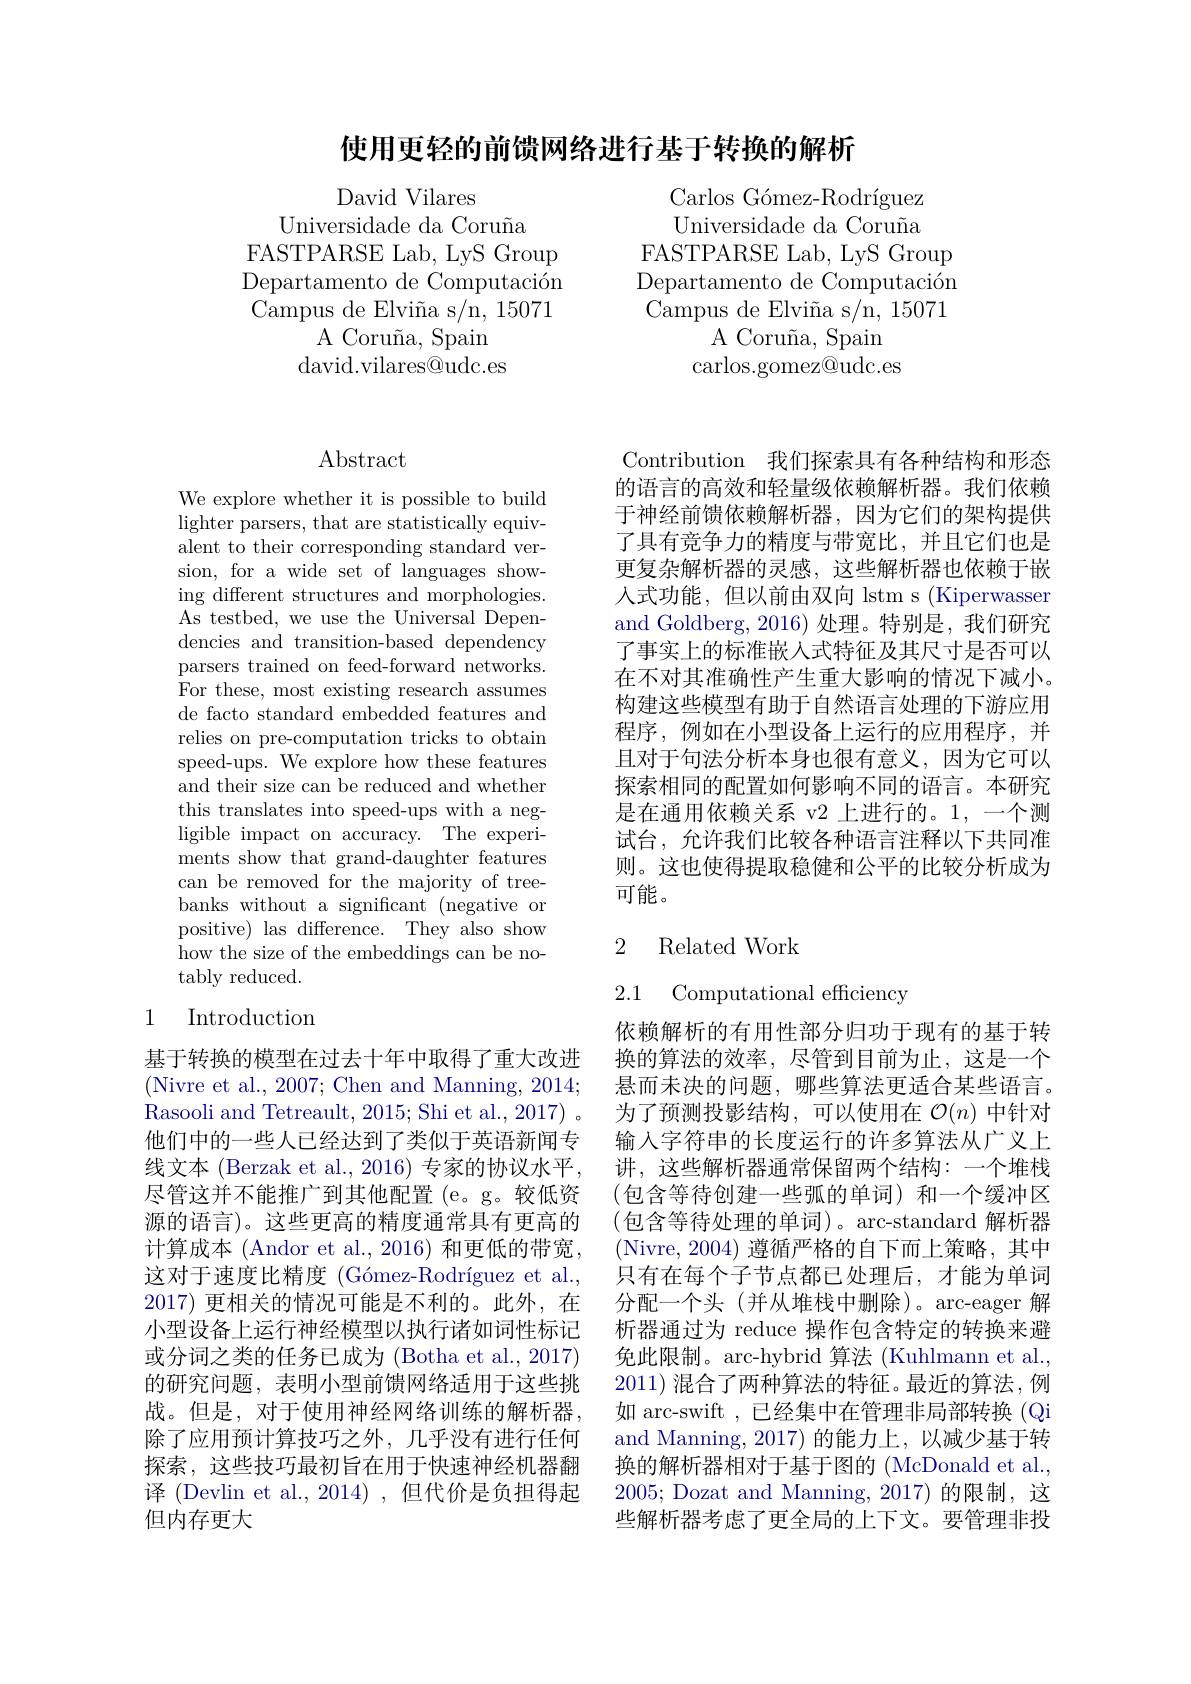
使用更轻的前馈网络进行基于转换的解析

David Vilares
Universidade da Coruña
FASTPARSE Lab, LyS Group Departamento de Computación Campus de Elviña s/n, 15071
A Coruña, Spain david. vilares@ udc. es

Carlos Gómez-Rodríguez Universidade da Coruña
FASTPARSE Lab, LyS Group Departamento de Computación Campus de Elviña s/n, 15071
A Coruña, Spain
carlos.gomez@udc.es

## $\operatorname{Abstract}$

We explore whether it is possible to build lighter parsers, that are statistically equivalent to their corresponding standard version, for a wide set of languages showing different structures and morphologies. As testbed, we use the Universal Dependencies and transition-based dependency parsers trained on feed-forward networks. For these, most existing research assumes de facto standard embedded features and relies on pre-computation tricks to obtain speed-ups. We explore how these features and their size can be reduced and whether this translates into speed-ups with a negligible impact on accuracy. The experiments show that grand-daughter features can be removed for the majority of treebanks without a significant (negative or positive) las difference. They also show how the size of the embeddings can be no- ${\mathrm{tably~reduced.}}$

## 1 Introduction

基于转换的模型在过去十年中取得了重大改进(Nivre et al., 2007; Chen and Manning, 2014; Rasooli and Tetreault, 2015; Shi et al., 2017) 。他们中的一些人已经达到了类似于英语新闻专线文本 (Berzak et al., 2016) 专家的协议水平， 尽管这并不能推广到其他配置(e。g。较低资源的语言)。这些更高的精度通常具有更高的计算成本 (Andor et al., 2016) 和更低的带宽， 这对于速度比精度 (Gómez-Rodríguez et al., 2017)更相关的情况可能是不利的。此外，在小型设备上运行神经模型以执行诸如词性标记或分词之类的任务已成为 (Botha et al., 2017) 的研究问题，表明小型前馈网络适用于这些挑战。但是，对于使用神经网络训练的解析器， 除了应用预计算技巧之外，几乎没有进行任何探索，这些技巧最初旨在用于快速神经机器翻译 (Devlin et al., 2014) ,但代价是负担得起但内存更大

Contribution 我们探索具有各种结构和形态的语言的高效和轻量级依赖解析器。我们依赖于神经前馈依赖解析器，因为它们的架构提供了具有竞争力的精度与带宽比，并且它们也是更复杂解析器的灵感，这些解析器也依赖于嵌人式功能，但以前由双向 lstm s (Kiperwasser and Goldberg, 2016) 处理。特别是，我们研究了事实上的标准嵌入式特征及其尺寸是否可以在不对其准确性产生重大影响的情况下减小。构建这些模型有助于自然语言处理的下游应用程序，例如在小型设备上运行的应用程序，并且对于句法分析本身也很有意义，因为它可以探索相同的配置如何影响不同的语言。本研究是在通用依赖关系 v2 上进行的。1, 一个测试台，允许我们比较各种语言注释以下共同准则。这也使得提取稳健和公平的比较分析成为可能。

2 Related Work

2.1 Computational efficiency

依赖解析的有用性部分归功于现有的基于转换的算法的效率，尽管到目前为止，这是一个悬而未决的问题，哪些算法更适合某些语言。为了预测投影结构，可以使用在$\mathcal{O}(n)$中针对输入字符串的长度运行的许多算法从广义上讲，这些解析器通常保留两个结构：一个堆栈(包含等待创建一些弧的单词)和一个缓冲区(包含等待处理的单词)。arc-standard 解析器(Nivre,2004) 遵循严格的自下而上策略，其中只有在每个子节点都已处理后，才能为单词分配一个头(并从堆栈中删除)。arc-eager 解析器通过为 reduce 操作包含特定的转换来避免此限制。arc-hybrid 算法 (Kuhlmann et al., 2011) 混合了两种算法的特征。最近的算法，例如 arc-swift , 已经集中在管理非局部转换 (Qi and Manning, 2017) 的能力上，以减少基于转换的解析器相对于基于图的 (McDonald et al., 2005; Dozat and Manning, 2017)的限制，这些解析器考虑了更全局的上下文。要管理非投